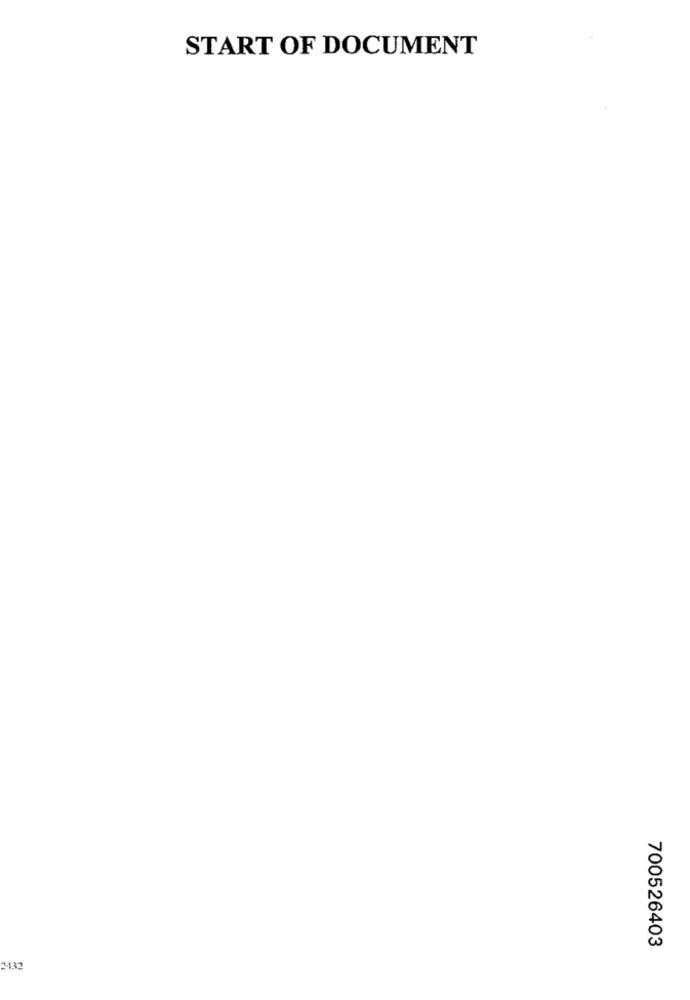
START OF DOCUMENT
700526403
24.32